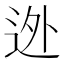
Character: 迯